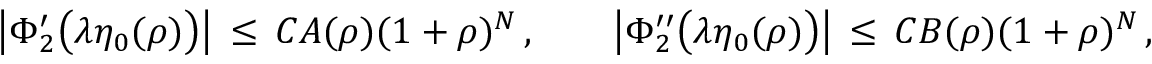
\bigl | \Phi _ { 2 } ^ { \prime } \bigl ( \lambda \eta _ { 0 } ( \rho ) \bigr ) \bigr | \, \le \, C A ( \rho ) ( 1 + \rho ) ^ { N } \, , \qquad \bigl | \Phi _ { 2 } ^ { \prime \prime } \bigl ( \lambda \eta _ { 0 } ( \rho ) \bigr ) \bigr | \, \le \, C B ( \rho ) ( 1 + \rho ) ^ { N } \, ,